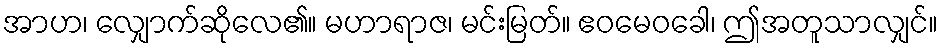
အာဟ၊ လျှောက်ဆိုလေ၏။ မဟာရာဇ၊ မင်းမြတ်။ ဧဝမေဝခေါ၊ ဤအတူသာလျှင်။